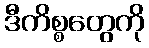
ဒီကိစ္စတွေကို